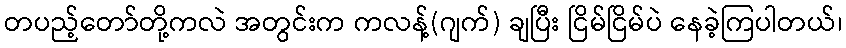
တပည့်တော်တို့ကလဲ အတွင်းက ကလန့်(ဂျက်) ချပြီး ငြိမ်ငြိမ်ပဲ နေခဲ့ကြပါတယ်၊